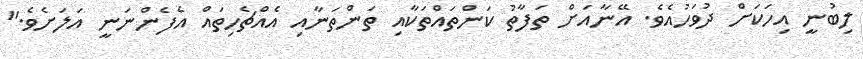
ލިބުނީ އިހަކަށް ދުވަހުއެވެ. އޭނާއަށް ތަފާތު ކަންތައްތަކާއި ތަންތަނާއި އެއްޗެހިތައް އެފެންނަނީ އަލަށެވެ."